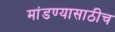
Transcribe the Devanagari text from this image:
मांडण्यासाठीच